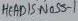
Text: HEADIS-NOSS-1